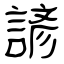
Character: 諺